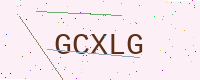
Text: GCXLG